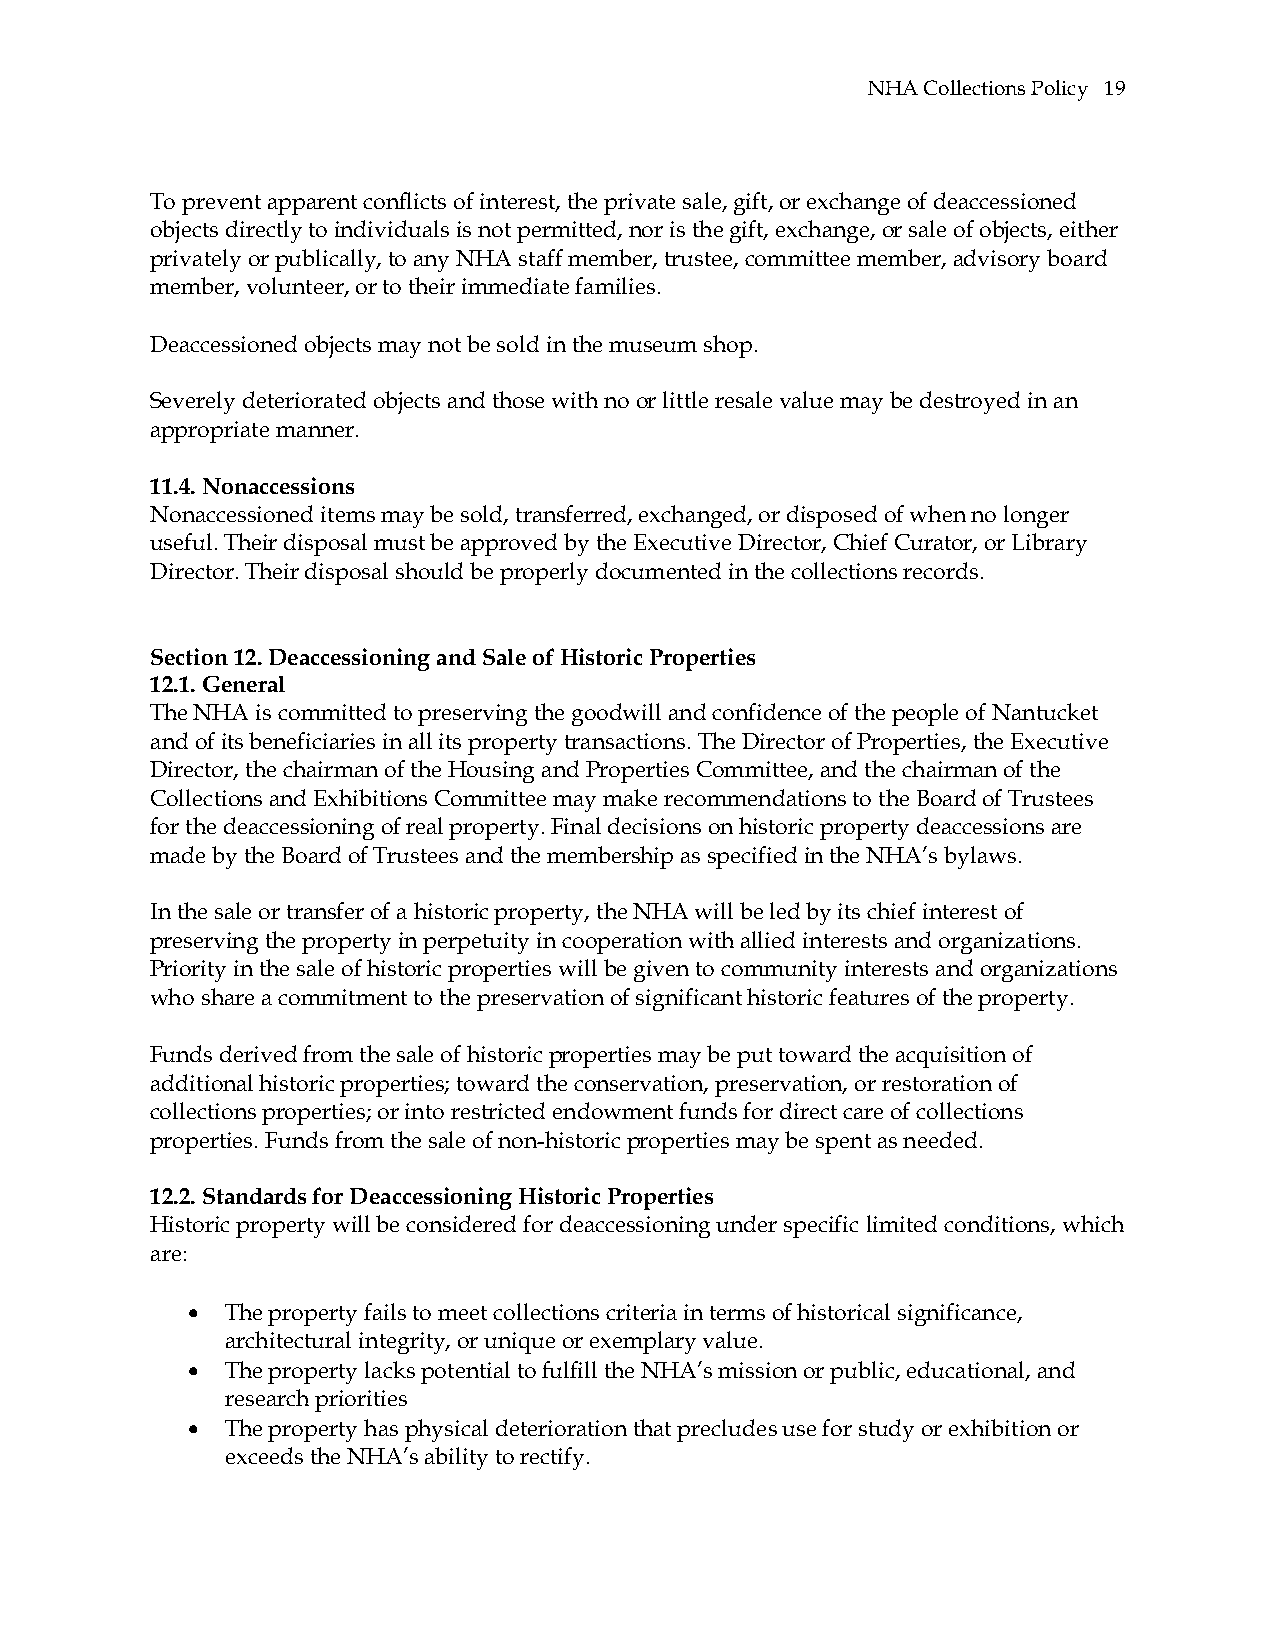
NHA Collections Policy 19
 To prevent apparent conflicts of interest, the private sale, gift, or exchange of deaccessioned
 objects directly to individuals is not permitted, nor is the gift, exchange, or sale of objects, either
 privately or publically, to any NHA staff member, trustee, committee member, advisory board
 member, volunteer, or to their immediate families.
 Deaccessioned objects may not be sold in the museum shop.
 Severely deteriorated objects and those with no or little resale value may be destroyed in an
 appropriate manner.
 11.4. Nonaccessions
 Nonaccessioned items may be sold, transferred, exchanged, or disposed of when no longer
 useful. Their disposal must be approved by the Executive Director, Chief Curator, or Library
 Director. Their disposal should be properly documented in the collections records.
 Section 12. Deaccessioning and Sale of Historic Properties
 12.1. General
 The NHA is committed to preserving the goodwill and confidence of the people of Nantucket
 and of its beneficiaries in all its property transactions. The Director of Properties, the Executive
 Director, the chairman of the Housing and Properties Committee, and the chairman of the
 Collections and Exhibitions Committee may make recommendations to the Board of Trustees
 for the deaccessioning of real property. Final decisions on historic property deaccessions are
 made by the Board of Trustees and the membership as specified in the NHA’s bylaws.
 In the sale or transfer of a historic property, the NHA will be led by its chief interest of
 preserving the property in perpetuity in cooperation with allied interests and organizations.
 Priority in the sale of historic properties will be given to community interests and organizations
 who share a commitment to the preservation of significant historic features of the property.
 Funds derived from the sale of historic properties may be put toward the acquisition of
 additional historic properties; toward the conservation, preservation, or restoration of
 collections properties; or into restricted endowment funds for direct care of collections
 properties. Funds from the sale of non-historic properties may be spent as needed.
 12.2. Standards for Deaccessioning Historic Properties
 Historic property will be considered for deaccessioning under specific limited conditions, which
 are:
   The property fails to meet collections criteria in terms of historical significance,
 architectural integrity, or unique or exemplary value.
   The property lacks potential to fulfill the NHA’s mission or public, educational, and
 research priorities
   The property has physical deterioration that precludes use for study or exhibition or
 exceeds the NHA’s ability to rectify.